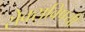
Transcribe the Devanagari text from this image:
सेक्सविषयी